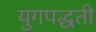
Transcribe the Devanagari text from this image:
युगपद्धती